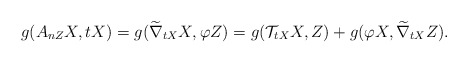
\begin{align*}g(A_{nZ}X, tX)&=g(\widetilde\nabla_{tX}X,\varphi Z)=g(\mathcal{T}_{tX}X, Z)+ g(\varphi X, \widetilde\nabla_{tX}Z). \end{align*}